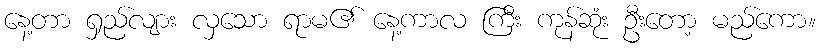
နေ့တာ ရှည်လျား လှသော ရာမ၏ နေ့ကာလ ကြီး ကုန်ဆုံး ဦးတော့ မည်ကော။